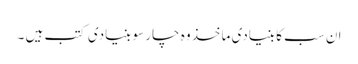
ان سب کا بنیادی ماخذ وہ چار سو بنیادی کتب ہیں ۔